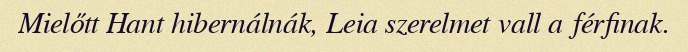
Mielőtt Hant hibernálnák, Leia szerelmet vall a férfinak.